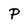
Character: P